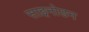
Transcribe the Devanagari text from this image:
साइनोडन